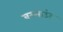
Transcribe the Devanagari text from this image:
वरमाउंट